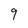
Character: 9